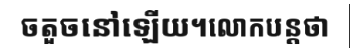
ចតួចនៅឡើយ។លោកបន្តថា